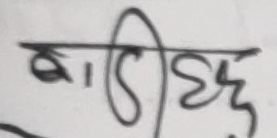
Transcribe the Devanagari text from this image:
बाढीछु